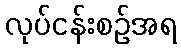
လုပ်ငန်းစဉ်အရ